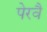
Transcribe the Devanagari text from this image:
पेरवै